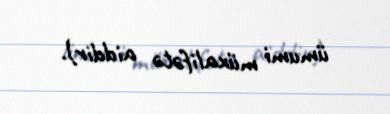
ümumi müxalifətə aiddir).